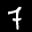
Label: 7